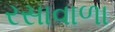
રસાવાળા